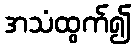
အသံထွက်၍